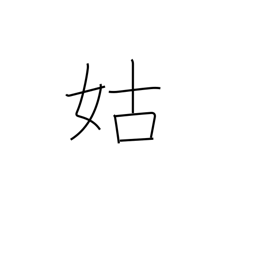
Meaning: mother-in-law